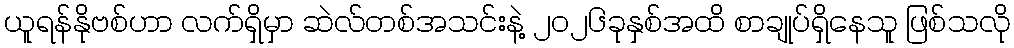
ယူရန်နိုဗစ်ဟာ လက်ရှိမှာ ဆဲလ်တစ်အသင်းနဲ့ ၂၀၂၆ခုနှစ်အထိ စာချုပ်ရှိနေသူ ဖြစ်သလို